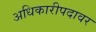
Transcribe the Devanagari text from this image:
अधिकारीपदावर